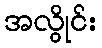
အလွိုင်း